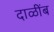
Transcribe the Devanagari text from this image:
दाळींब